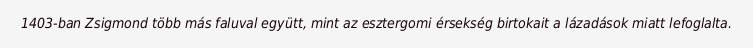
1403-ban Zsigmond több más faluval együtt, mint az esztergomi érsekség birtokait a lázadások miatt lefoglalta.